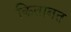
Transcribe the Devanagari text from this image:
किताबत